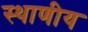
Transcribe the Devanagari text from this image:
स्थाणीय